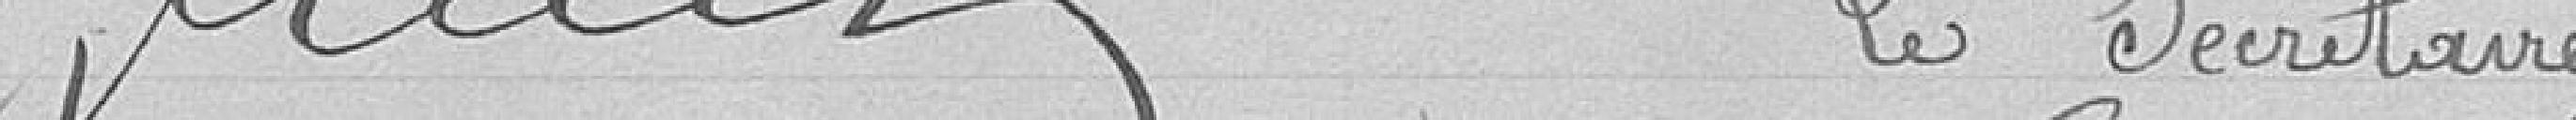
Le secrétaire